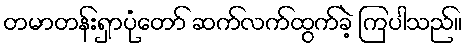
တမာတန်းရှာပုံတော် ဆက်လက်ထွက်ခဲ့ ကြပါသည်။